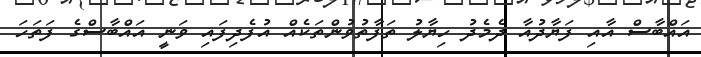
އައްބާސް އާއި ފަޔާދުއާ ދެމެދު ހިޔާލު ތަފާތުވުންތަކެއް އުފެދިފައި ވަނީ އައްބާސްގެ ފަތަހަ